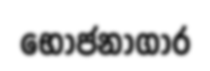
භෝජනාගාර